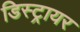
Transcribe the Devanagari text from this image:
डिस्ट्रायर